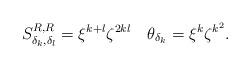
LaTeX: \begin{align*} S^{R,R}_{\delta_k,\delta_l} = \xi^{k+l}\zeta^{2kl}\quad\theta_{\delta_k}=\xi^k\zeta^{k^2}.\end{align*}